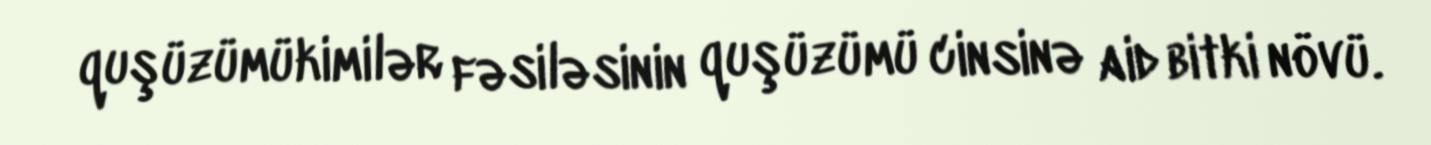
quşüzümükimilər fəsiləsinin quşüzümü cinsinə aid bitki növü.